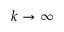
k \to \infty